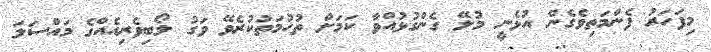
މިފަހަރު ފެންމަތިވެގެން އުޅެނީ މުލޭ ގެންގުޅުއްވާ ކަމަށް ތުހުމަތުކުރެވޭ ވަގު ލޯބިވެރިއެއްގެ މައްސަލަ